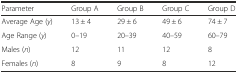
<table><thead><tr><td><b>Parameter</b></td><td><b>Group A</b></td><td><b>Group B</b></td><td><b>Group C</b></td><td><b>Group D</b></td></tr></thead><tbody><tr><td>Average Age (<i>y</i>)</td><td>13 ± 4</td><td>29 ± 6</td><td>49 ± 6</td><td>74 ± 7</td></tr><tr><td>Age Range (<i>y</i>)</td><td>0–19</td><td>20–39</td><td>40–59</td><td>60–79</td></tr><tr><td>Males (<i>n</i>)</td><td>12</td><td>11</td><td>12</td><td>8</td></tr><tr><td>Females (<i>n</i>)</td><td>8</td><td>9</td><td>8</td><td>12</td></tr></tbody></table>